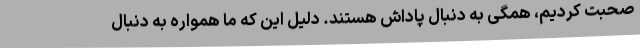
صحبت کردیم، همگی به دنبال پاداش هستند. دلیل این که ما همواره به دنبال